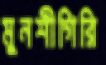
মুনশীগিরি